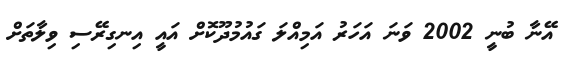
އޭނާ ބުނީ 2002 ވަނަ އަހަރު އަމިއްލަ ގައުމުދޫކޮށް އައީ އިނގިރޭސި ވިލާތަށް